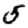
Digit: 5